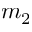
m _ { 2 }